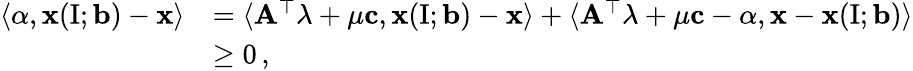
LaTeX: \begin{array}{rl}{\langle\alpha,\mathbf{x}(\mathrm{I};\mathbf{b})-\mathbf{x}\rangle}&{=\langle\mathbf{A}^{\top}\lambda+\mu\mathbf{c},\mathbf{x}(\mathrm{I};\mathbf{b})-\mathbf{x}\rangle+\langle\mathbf{A}^{\top}\lambda+\mu\mathbf{c}-\alpha,\mathbf{x}-\mathbf{x}(\mathrm{I};\mathbf{b})\rangle}\\ &{\geq 0\, ,}\end{array}